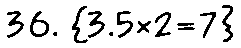
36. {3.5×2=7}